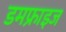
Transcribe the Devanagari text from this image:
डमफ्राइज